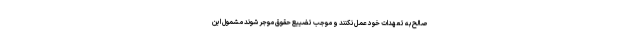
صالح به تعهدات خود عمل نکنند و موجب تضییع حقوق موجر شوند مشمول این